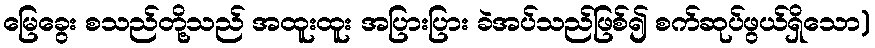
မြေခွေး စသည်တို့သည် အထူးထူး အပြားပြား ခဲအပ်သည်ဖြစ်၍ စက်ဆုပ်ဖွယ်ရှိသော)